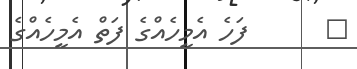
٧      ފަހެ އެމީހެއްގެ ފަތް އެމީހެއްގެ